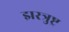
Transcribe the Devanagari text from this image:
झरत्रुष्ट्र